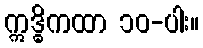
ဣဒ္ဓိကထာ ၁၀-ပါး။